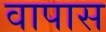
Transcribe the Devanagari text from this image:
वापास